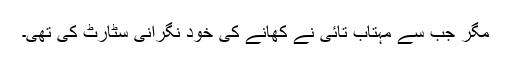
مگر جب سے مہتاب تائی نے کھانے کی خود نگرانی سٹارٹ کی تھی۔